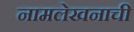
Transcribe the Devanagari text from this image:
नामलेखनाची